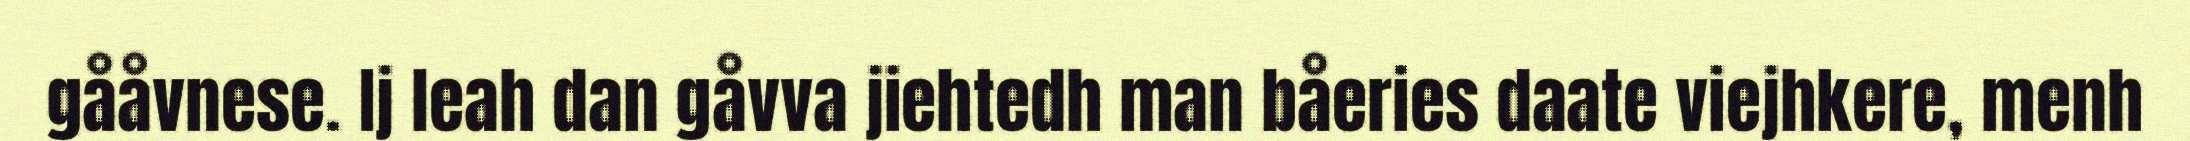
gååvnese. Ij leah dan gåvva jiehtedh man båeries daate viejhkere, menh